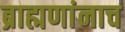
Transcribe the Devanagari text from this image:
ब्राह्मणांनाच